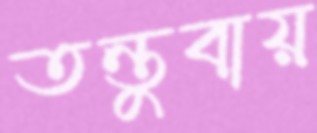
তন্তুবায়